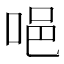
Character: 唈